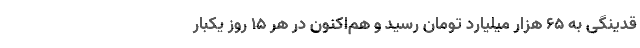
قدینگی به ۶۵ هزار میلیارد تومان رسید و هم‌اکنون در هر ۱۵ روز یکبار